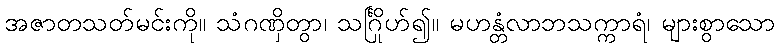
အဇာတသတ်မင်းကို။ သံဂဏှိတွာ၊ သင်္ဂြိုဟ်၍။ မဟန္တံလာဘသက္ကာရံ၊ များစွာသော